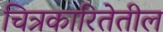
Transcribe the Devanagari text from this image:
चित्रकारितेतील